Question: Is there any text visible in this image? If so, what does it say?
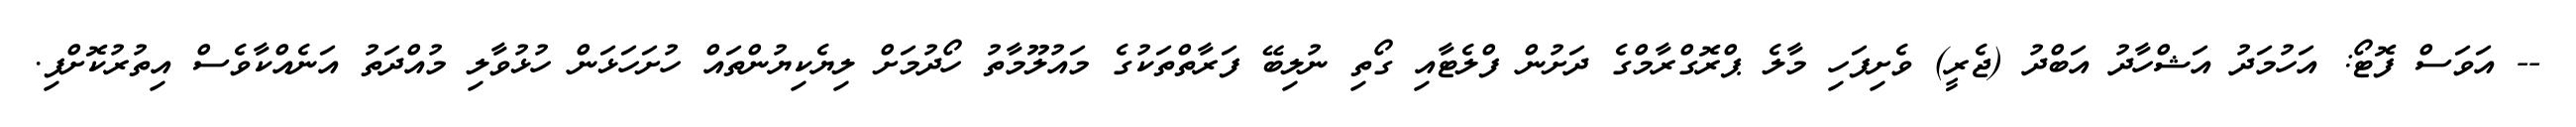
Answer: -- އަވަސް ފޮޓޯ: އަހުމަދު އަޝްހާދު އަބްދު (ޖެރީ) ވެށިފަހި މާލެ ޕްރޮގްރާމްގެ ދަށުން ފްލެޓާއި ގޯތި ނުލިބޭ ފަރާތްތަކުގެ މައުލޫމާތު ހޯދުމަށް ލިޔެކިޔުންތައް ހުށަހަޅަން ހުޅުވާލި މުއްދަތު އަނެއްކާވެސް އިތުރުކޮށްފި.